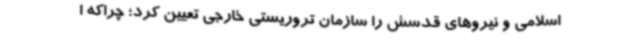
اسلامی و نیروهای قدسش را سازمان تروریستی خارجی تعیین کرد؛ چراکه ا